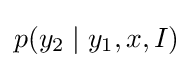
p(y_{2}\mid y_{1},x,I)